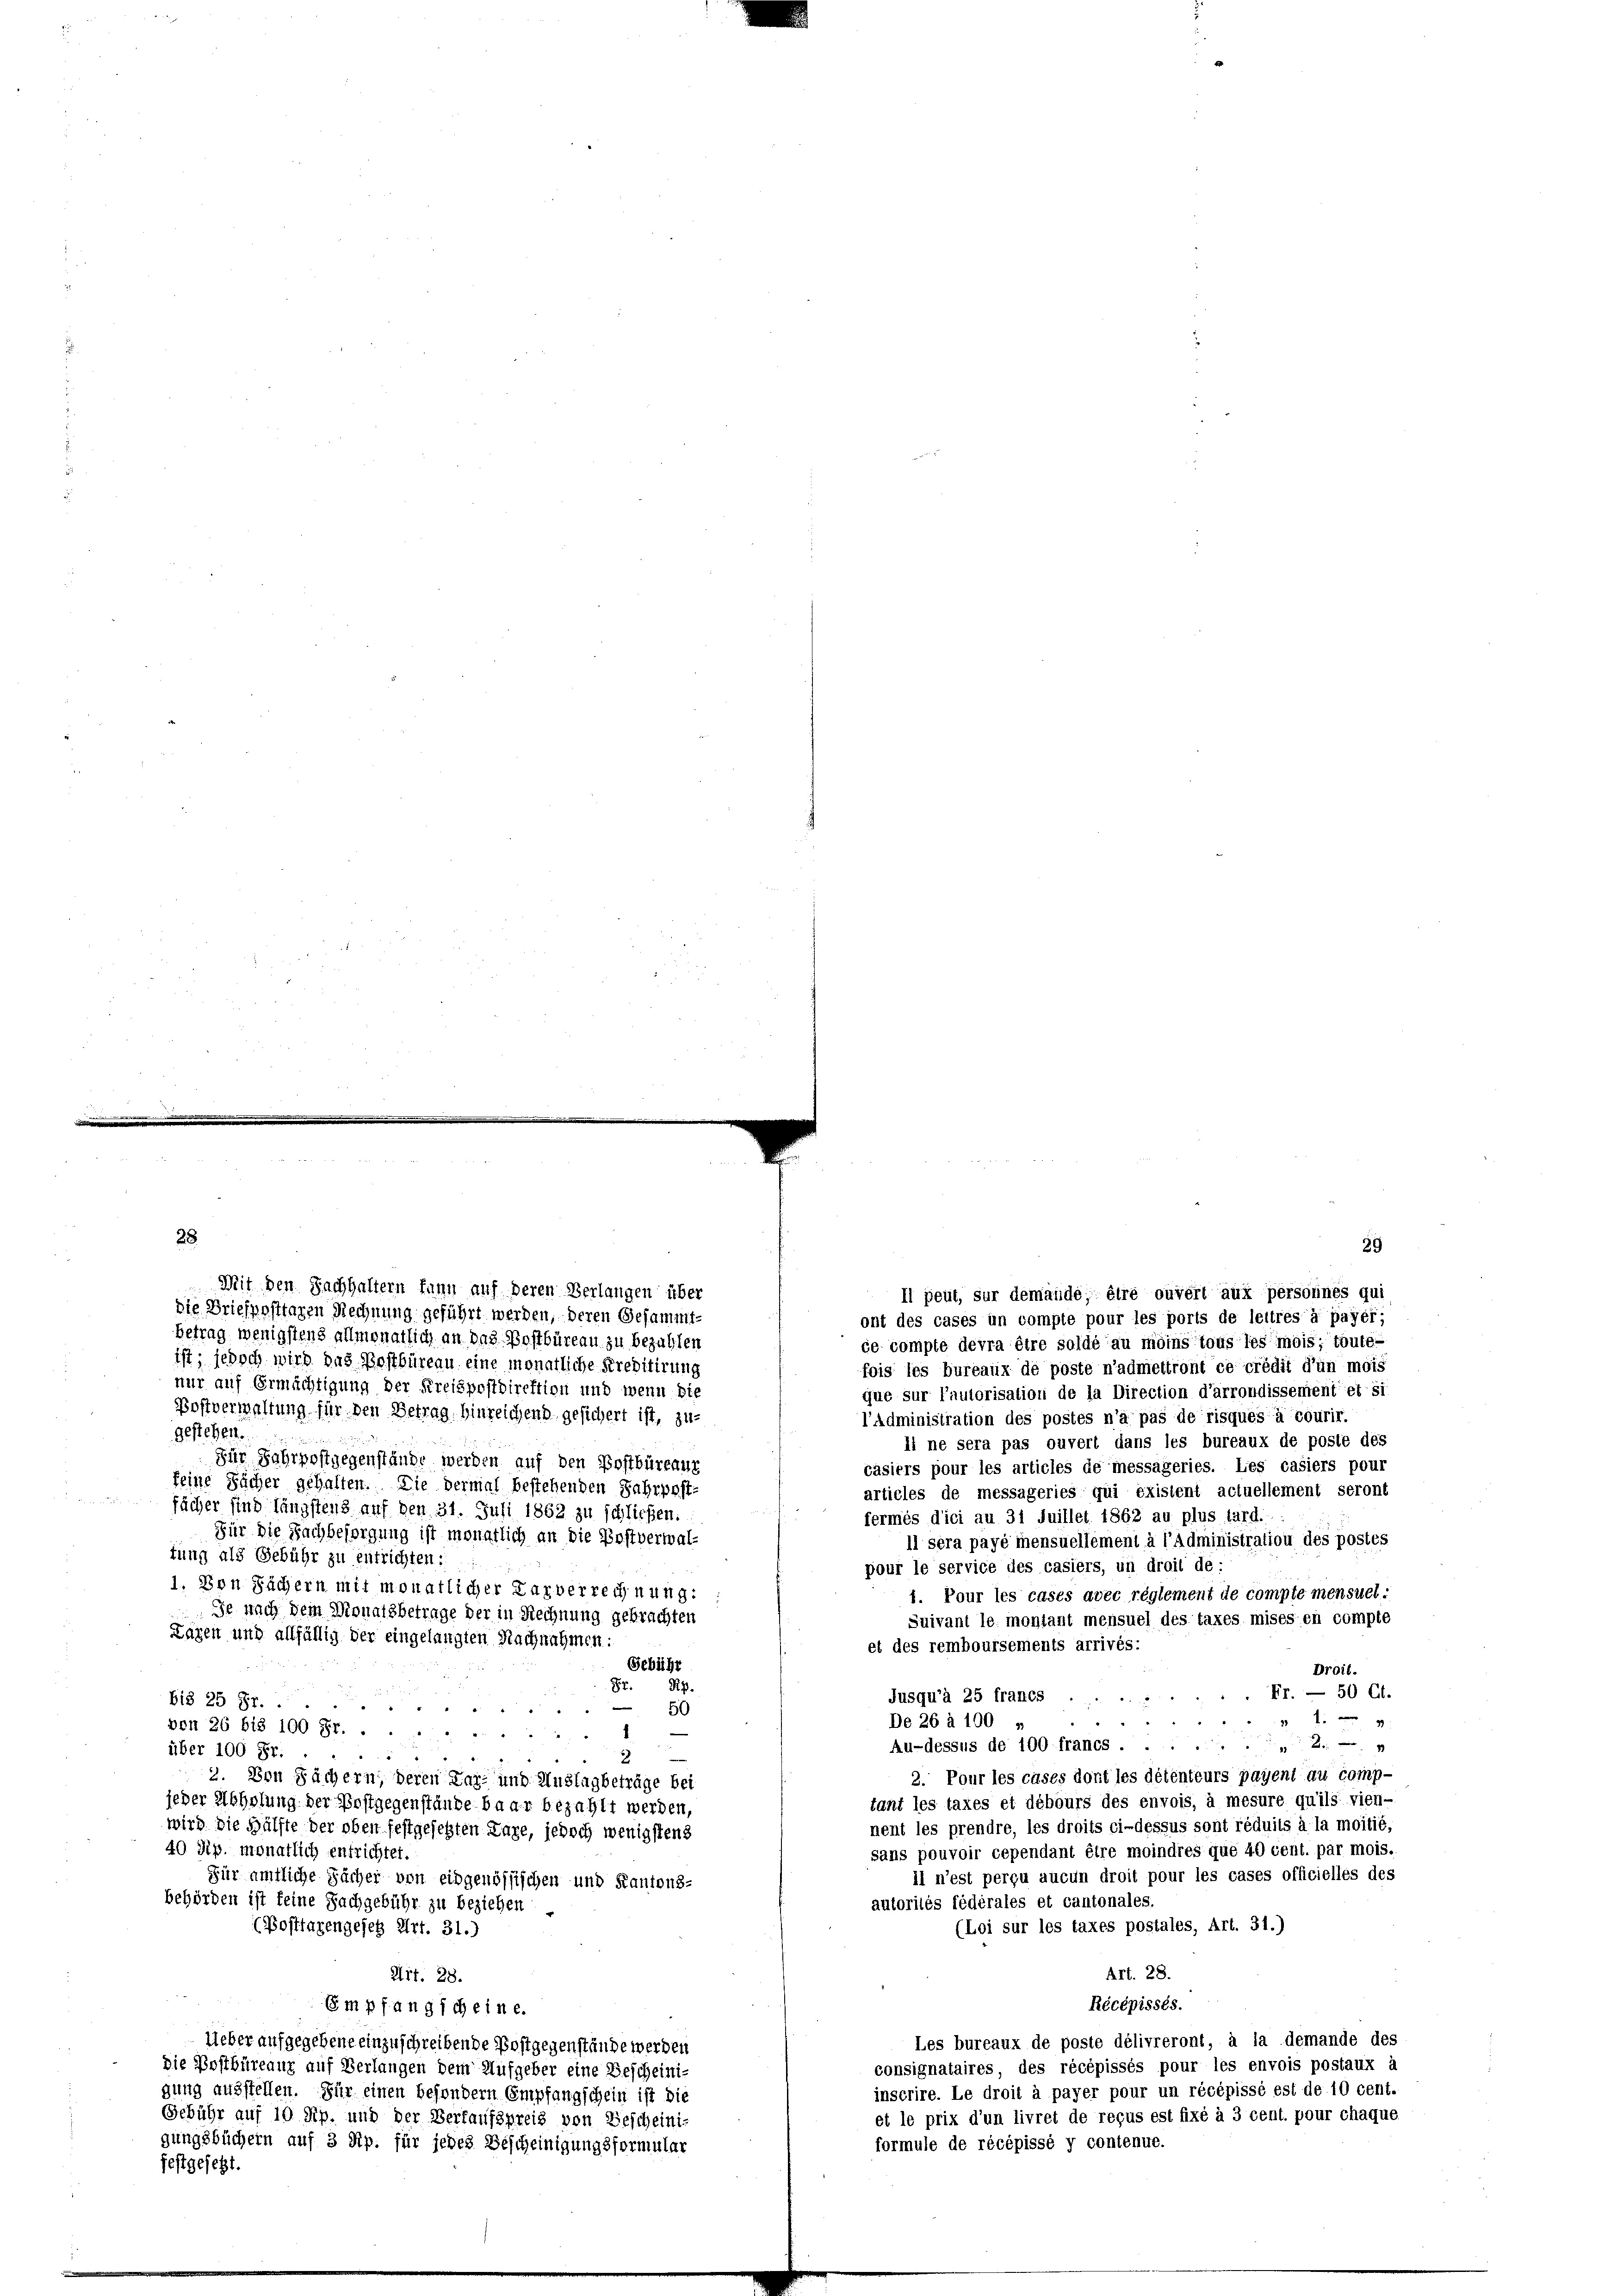
28
29
ont des cases un compte pour les ports de lettres à payer
ce compte devra être soldé au moins tous les mois; toute-
fois les bureaux de poste n’admettront ce crédit d’un mois
que sur l’autorisation de la Direction d’arrondissement et si
l’Administration des postes n’a pas de risques à courir.
gestehen.
li ne sera pas ouvert dans les bureaux de poste des
casiers pour les articles de messageries. Les casiers pour
articles de messageries qui existent actuellement seront
fächer sind längstens auf den 31. Juli 1862 zu schlichen.
fermés d’ici au 31 Juillet 1862 au plus tard.
Für die Nachbesorgung ist monatlich an die Postverwal¬
Il sera payé mensuellement à l’Administration des postes
tung als Gebühr zu entrichten:
pour le service des casiers, un droit de :
1. Von Sächern mit monatlicher Farberrechnung:
1. Pour les cases avec réglement de compte mensuel:
Je nach dem Dignatsbetrage der in Rechnung gebrachten
Suivant le montant mensuel des taxes mises en compte
Lagen und allfällig der eingelangten Nachnahmen
et des remboursements arrivés:
Gebühr
Droit.
Rig
8.
Fr. — 50 Ct.
Jusqu’à 25 francs
5
bis 25 Fr.
d
50
 f 0 x
De 26 à 100 „
von 26 bis 100 Fr. ..
Au-dessus de 100 francs.
2xx
über 100 Fr.
.
2
2. Pour les cases dont les détenteurs payent du comp-
2. Von Fächern, deren Dar- und Auslagbeträge bei
tant les taxes et débours des envois, à mesure qu’ils vien-
jeder Abholung der Postgegenstände baar bezahlt werden,
nent les prendre, les droits ci-dessus sont réduits à la moitié
wird die Hälfte der oben festgesetzten Tage, jedoch wenigstens
40 Sip. monatlich entrichtet.
sans pouvoir cependant être moindres que 40 cent. par mois.
il n’est perçu aucun droit pour les cases officielles des
Für amtliche Sacher von eidgenössischen und Kantons-
autorités fédérales et cantonales.
behörden ist keine Sachgebühr zu beziehen
(Posttagengeseh Art. 31.)
(Loi sur les taxes postales, Art. 31.)
Art. 28.
Art. 28.
Récépissés.
Empfang ich eine.
Les bureaux de poste délivreront, à la demande des
Ueber aufgegebene einzuschreibende Postgegenstände werden
consignataires des récépissés pour les envois postaux à
die Postbüreang auf Verlangen dem Aufgeber eine Bescheiniinscrire. Le droit à payer pour un récépissé est de 10 cent.
gung ausstellen. Für einen besondern Empfangschein ist die
et le prix d’un livret de reçus est fixé à 3 cent. pour chaque
Gebühr auf 10 Rp. und der Verkaufspreis von Bescheini-
gungsbüchern auf 3 Rp. für jedes Bescheinigungsformular
formule de récépissé y contenue.

Mit den Nachhaltern kann auf deren Verlangen über
die Briefposttagen Rechnung geführt werden, deren Gesammt-
Betrag wenigstens allmonatlich an das Postbüreau zu bezahlen
ist; jedoch wird das Postbüreau eine monatliche Kreditirung
nur auf Ermächtigung der Kreispostdirektion und wenn die
Poffverwaltung für den Betrag hinreichend gesichert ist, zu-
Für Fahrpostgegenstände werden auf den Postbüreaux
feine Sicher gehalten. Die dermal bestehenden Jahrpost-

festgesetzt.

Il peut, sur demandé, être ouvert aux personnes qui